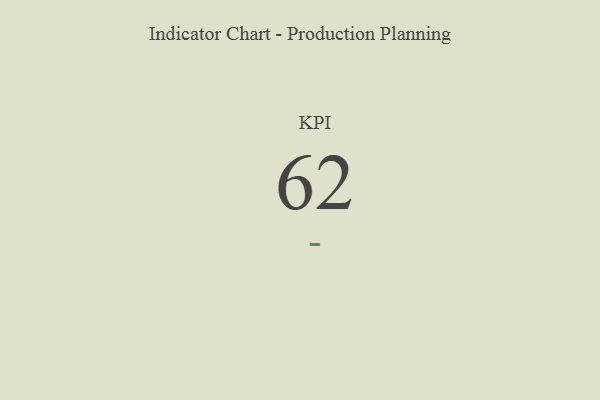
{"axis": {"x": "KPI", "y": "Value"}, "legend": [""], "data": [{"x": "KPI", "y": 62, "type": ""}]}